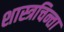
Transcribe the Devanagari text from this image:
शास्त्रचिन्ता